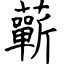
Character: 蘄